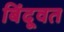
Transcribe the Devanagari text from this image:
बिंदूवत